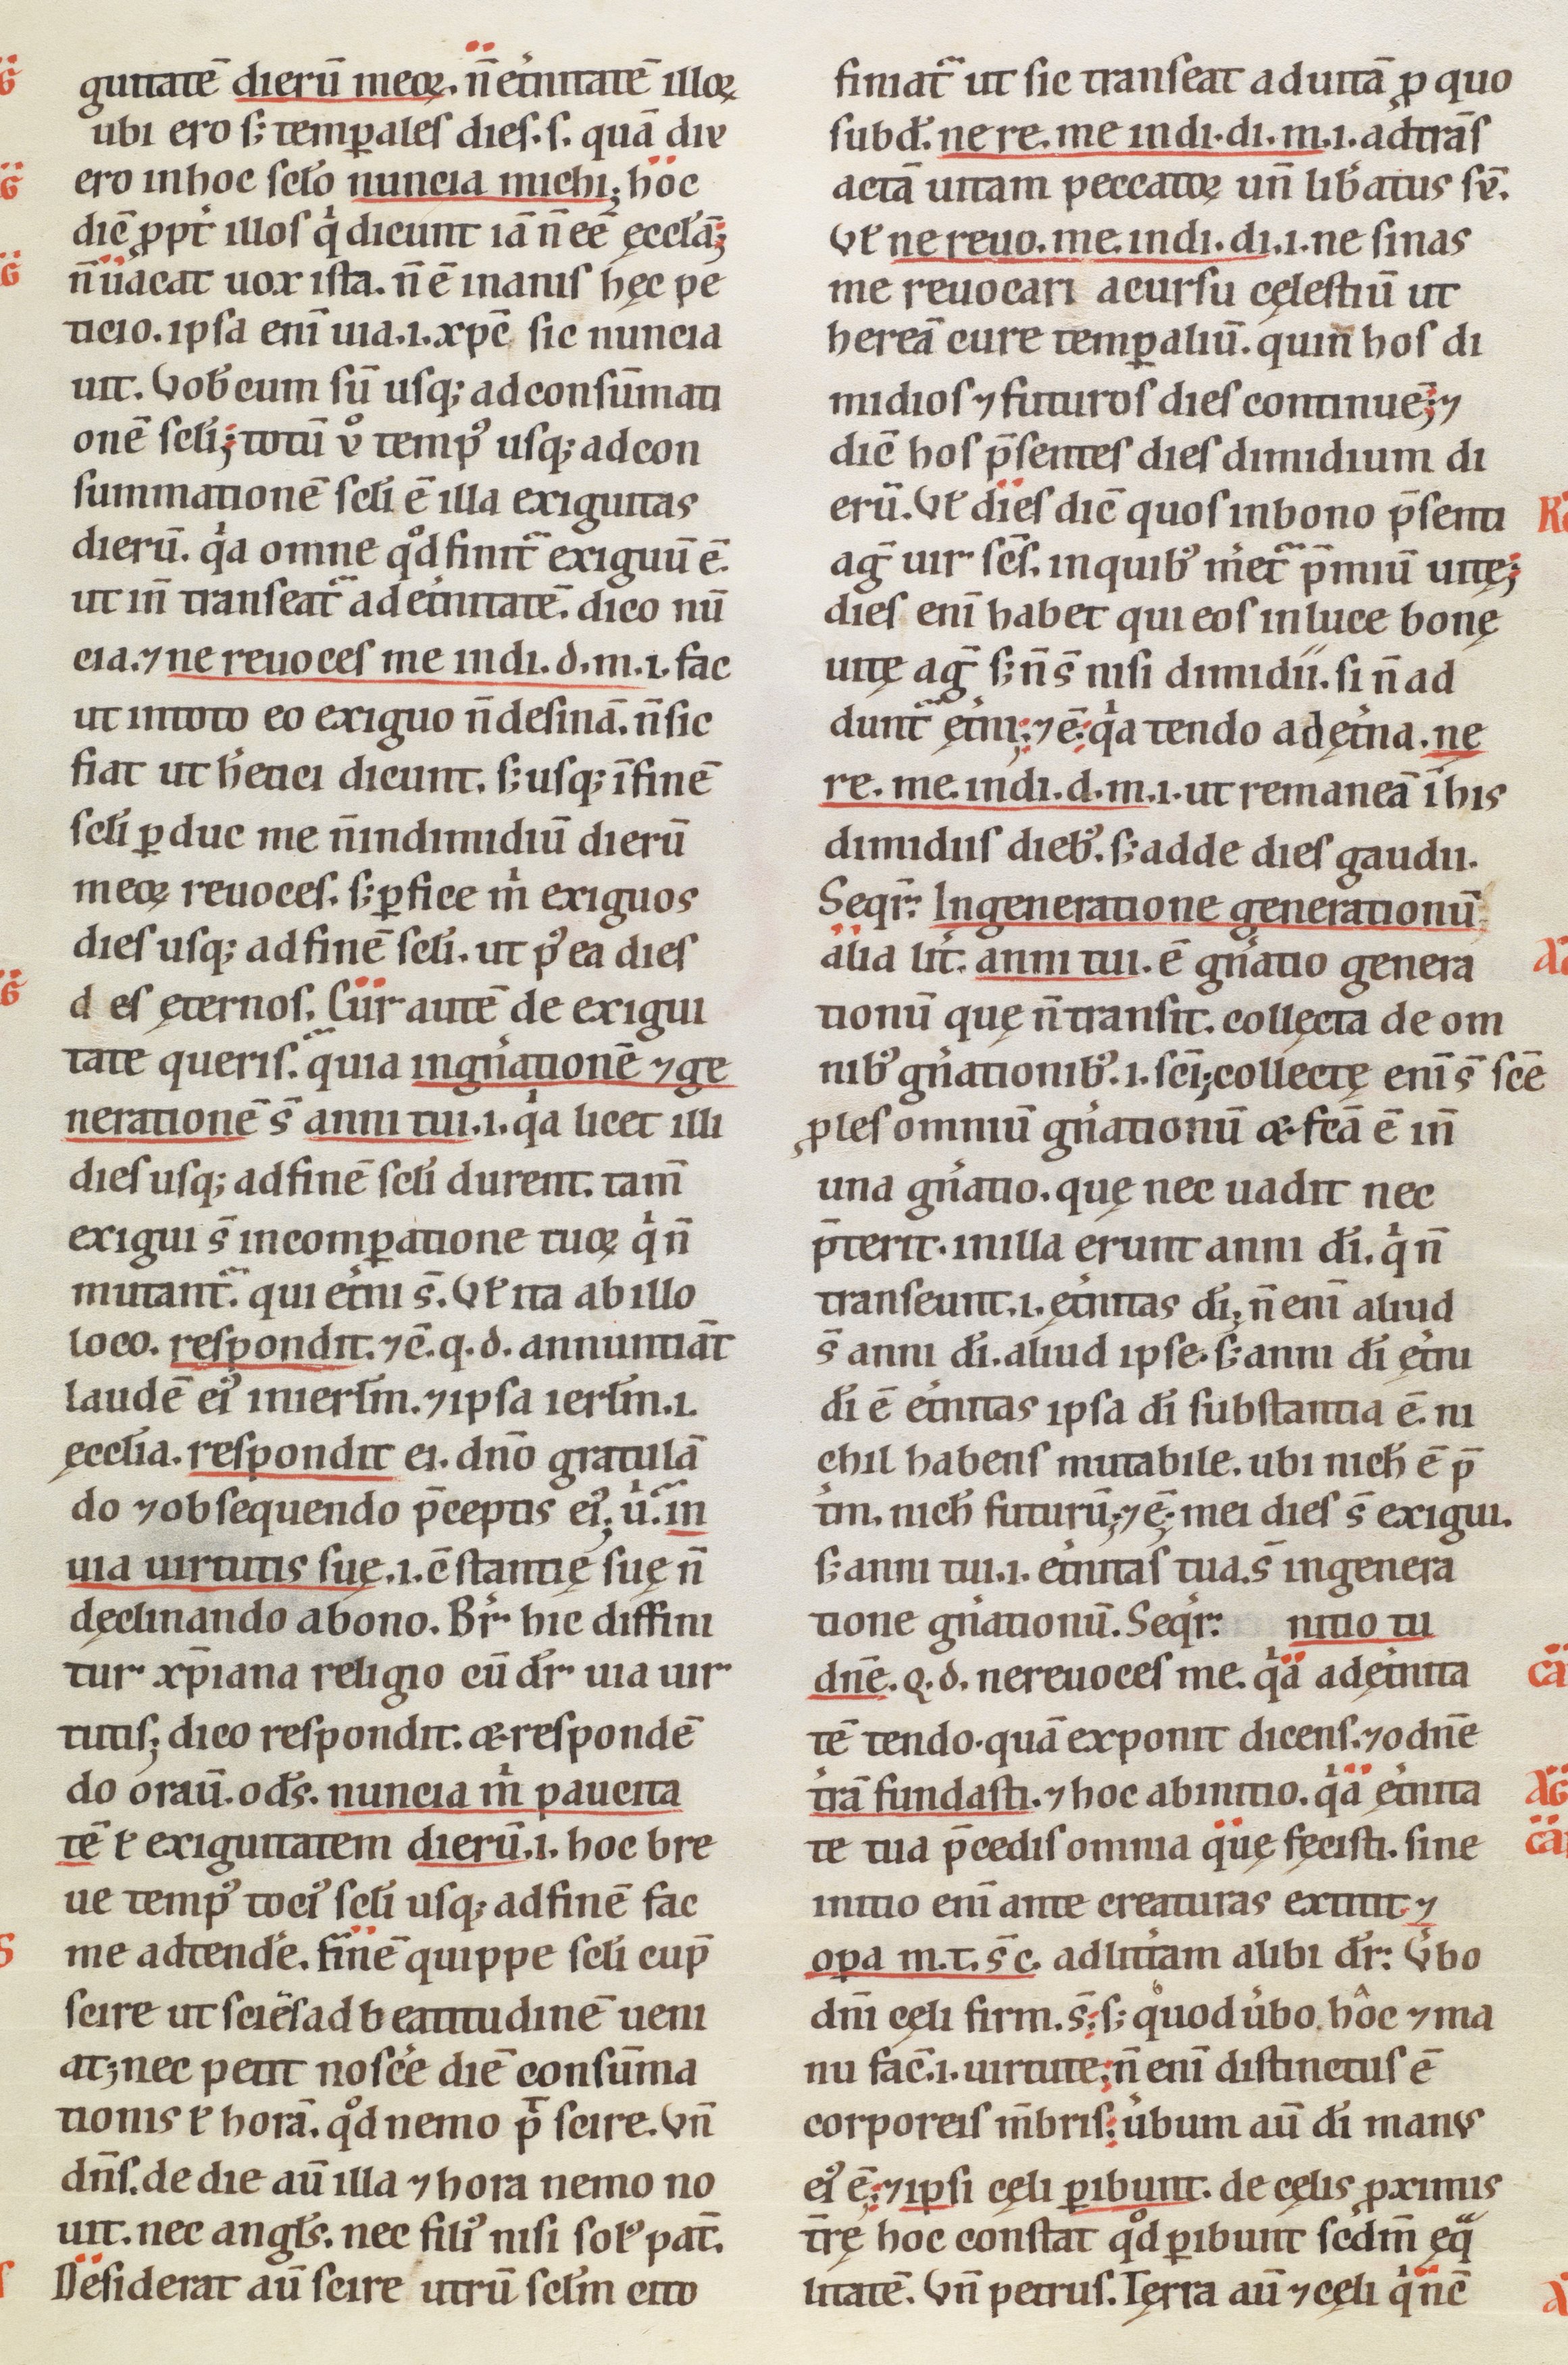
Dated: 1100–1199